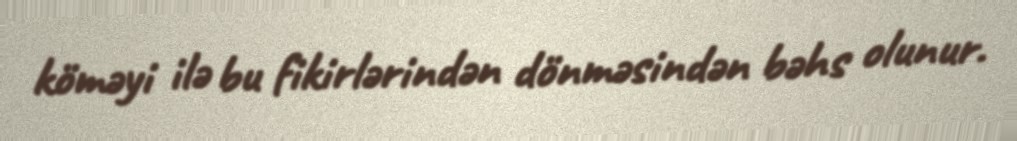
köməyi ilə bu fikirlərindən dönməsindən bəhs olunur.